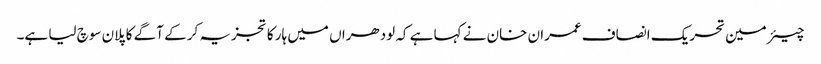
چیئرمین تحریک انصاف عمران خان نے کہا ہے کہ لودھراں میں ہار کا تجزیہ کر کے آگے کا پلان سوچ لیا ہے۔